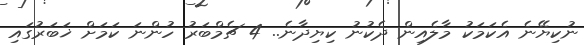
ނުކިޔޭނެ އެކަމަކު މާލެއިން ދެކުނު ކިޔިދާނެ.. 4 ޗެމްބަރު ހުންނަ ކަމަށް ޚަބަރުގައި